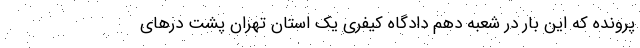
پرونده که این بار در شعبه دهم دادگاه کیفری یک استان تهران پشت درهای